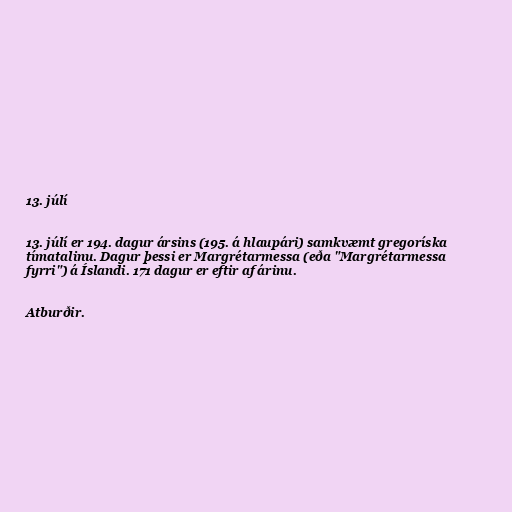
13. júlí

13. júlí er 194. dagur ársins (195. á hlaupári) samkvæmt gregoríska
tímatalinu. Dagur þessi er Margrétarmessa (eða "Margrétarmessa
fyrri") á Íslandi. 171 dagur er eftir af árinu.

Atburðir.